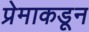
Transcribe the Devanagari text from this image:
प्रेमाकडून